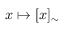
x \mapsto [ x ] _ { \sim }